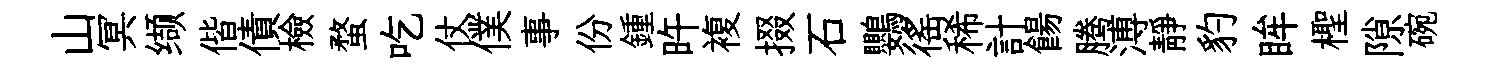
山冥缬偕債檢蝥吃仗僕事份鍾旿複掇石鸚徭稀計餳腾溥靜豹眸檉隙碗